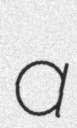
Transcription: a